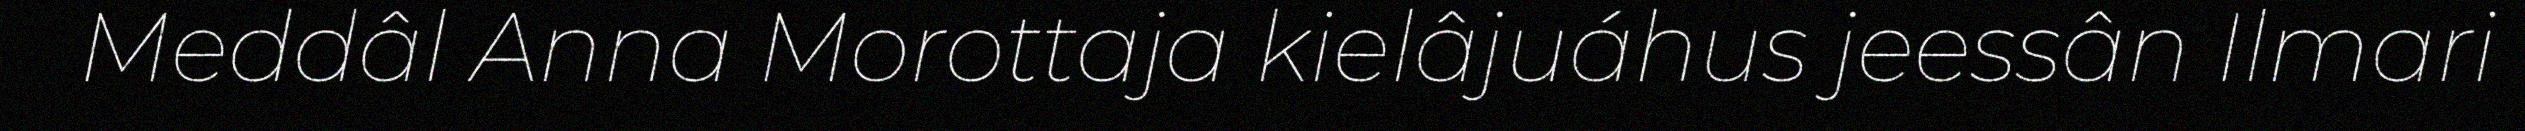
Meddâl Anna Morottaja kielâjuáhus jeessân Ilmari